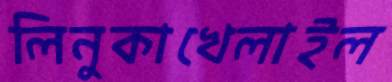
লিনুকাখেলাইল